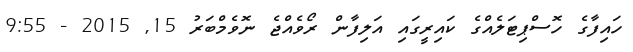
ހައިފާގެ ހޮސްޕިޓަލެއްގެ ކައިރީގައި އަލިފާން ރޯވެއްޖެ ނޮވެމްބަރު 15